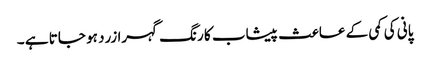
پانی کی کمی کے عاعث پیشاب کا رنگ گہرا زرد ہو جاتا ہے ۔